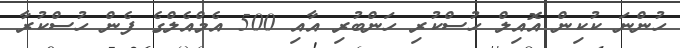
ހުންނަ ކުކިން އޮއިލް ހުސްކުރި ހަންބުރި އާއި 500 އެމްއެލްގެ ފެން ހުސްކުރާ